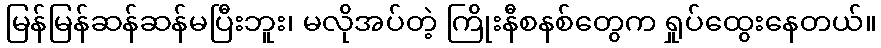
မြန်မြန်ဆန်ဆန်မပြီးဘူး၊ မလိုအပ်တဲ့ ကြိုးနီစနစ်တွေက ရှုပ်ထွေးနေတယ်။